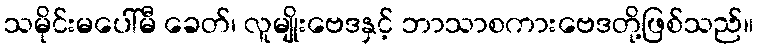
သမိုင်းမပေါ်မီ ခေတ်၊ လူမျိုးဗေဒနှင့် ဘာသာစကားဗေဒတို့ဖြစ်သည်။